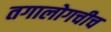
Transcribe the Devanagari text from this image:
तगालोगचीच